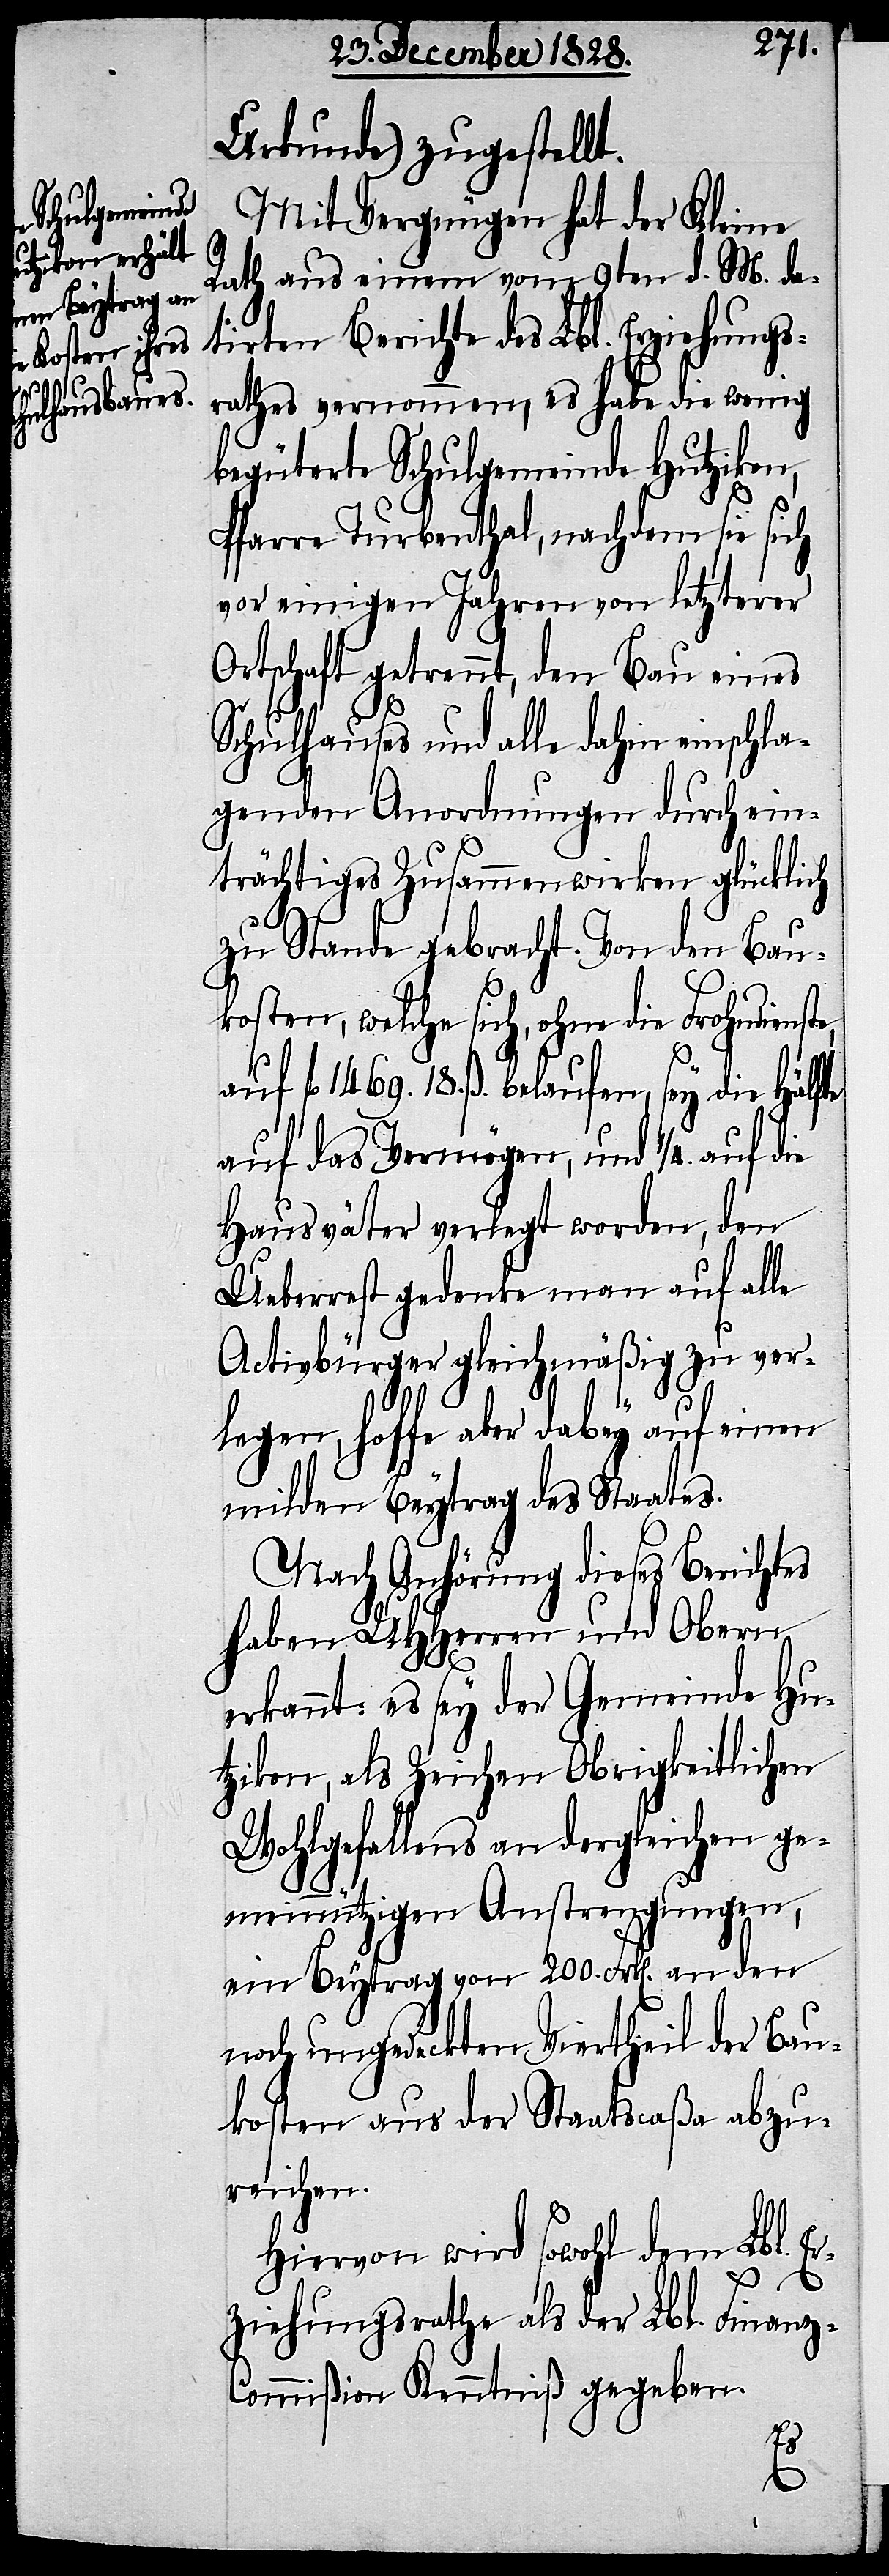
Urkunde) zugestellt.
Mit Vergnügen hat der Kleine
Rath aus einem vom 9ten d. M. da¬
tirten Berichte des Lbl. Erziehungs¬
rathes vernommen, es habe die wenig
begüterte Schulgemeinde Hutzikon,
Pfarre Turbenthal, nachdem sie sich
vor einigen Jahren von letzterer
Ortschaft getrennt, den Bau eines
Schulhauses und alle dahin einschla¬
genden Anordnungen durch ein¬
trächtiges Zusammenwirken glücklich
zu Stande gebracht. Von den Bau¬
kosten, welche sich, ohne die Frohndiens¬
fl. 1469. 18. ß belaufen, sey die Hälf¬
auf das Vermögen, und 1/4. auf die
Hausväter verlegt worden, den
Ueberrest gedenke man auf alle
Activbürger gleichmäßig zu ver¬
legen, hoffe aber dabey auf einen
milden Beytrag des Staates.
Nach Anhörung dieses Berichtes
haben UHHerren und Obern
erkannt, es sey der Gemeinde Hut¬
zikon, als Zeichen Obrigkeitlichen
Wohlgefallens an dergleichen ge¬
meinnützigen Anstrengungen,
ein Beytrag von 200. Frk[en]. an den
noch ungedeckten Viertheil der Bau¬
kosten aus der Staatscaßa abzu¬
reichen.
Hiervon wird sowohl dem Lbl. E¬
r¬
ziehungsrathe als der Lb. Finanz-C¬
ommißion Kenntniß gegeben.
te